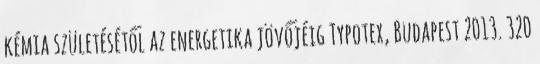
kémia születésétől az energetika jövőjéig Typotex, Budapest 2013. 320